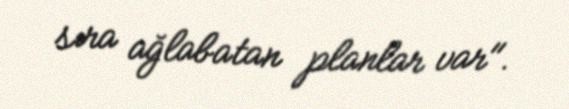
sıra ağlabatan planlar var".